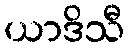
ယာဒိသီ